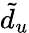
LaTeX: \tilde{d}_{u}